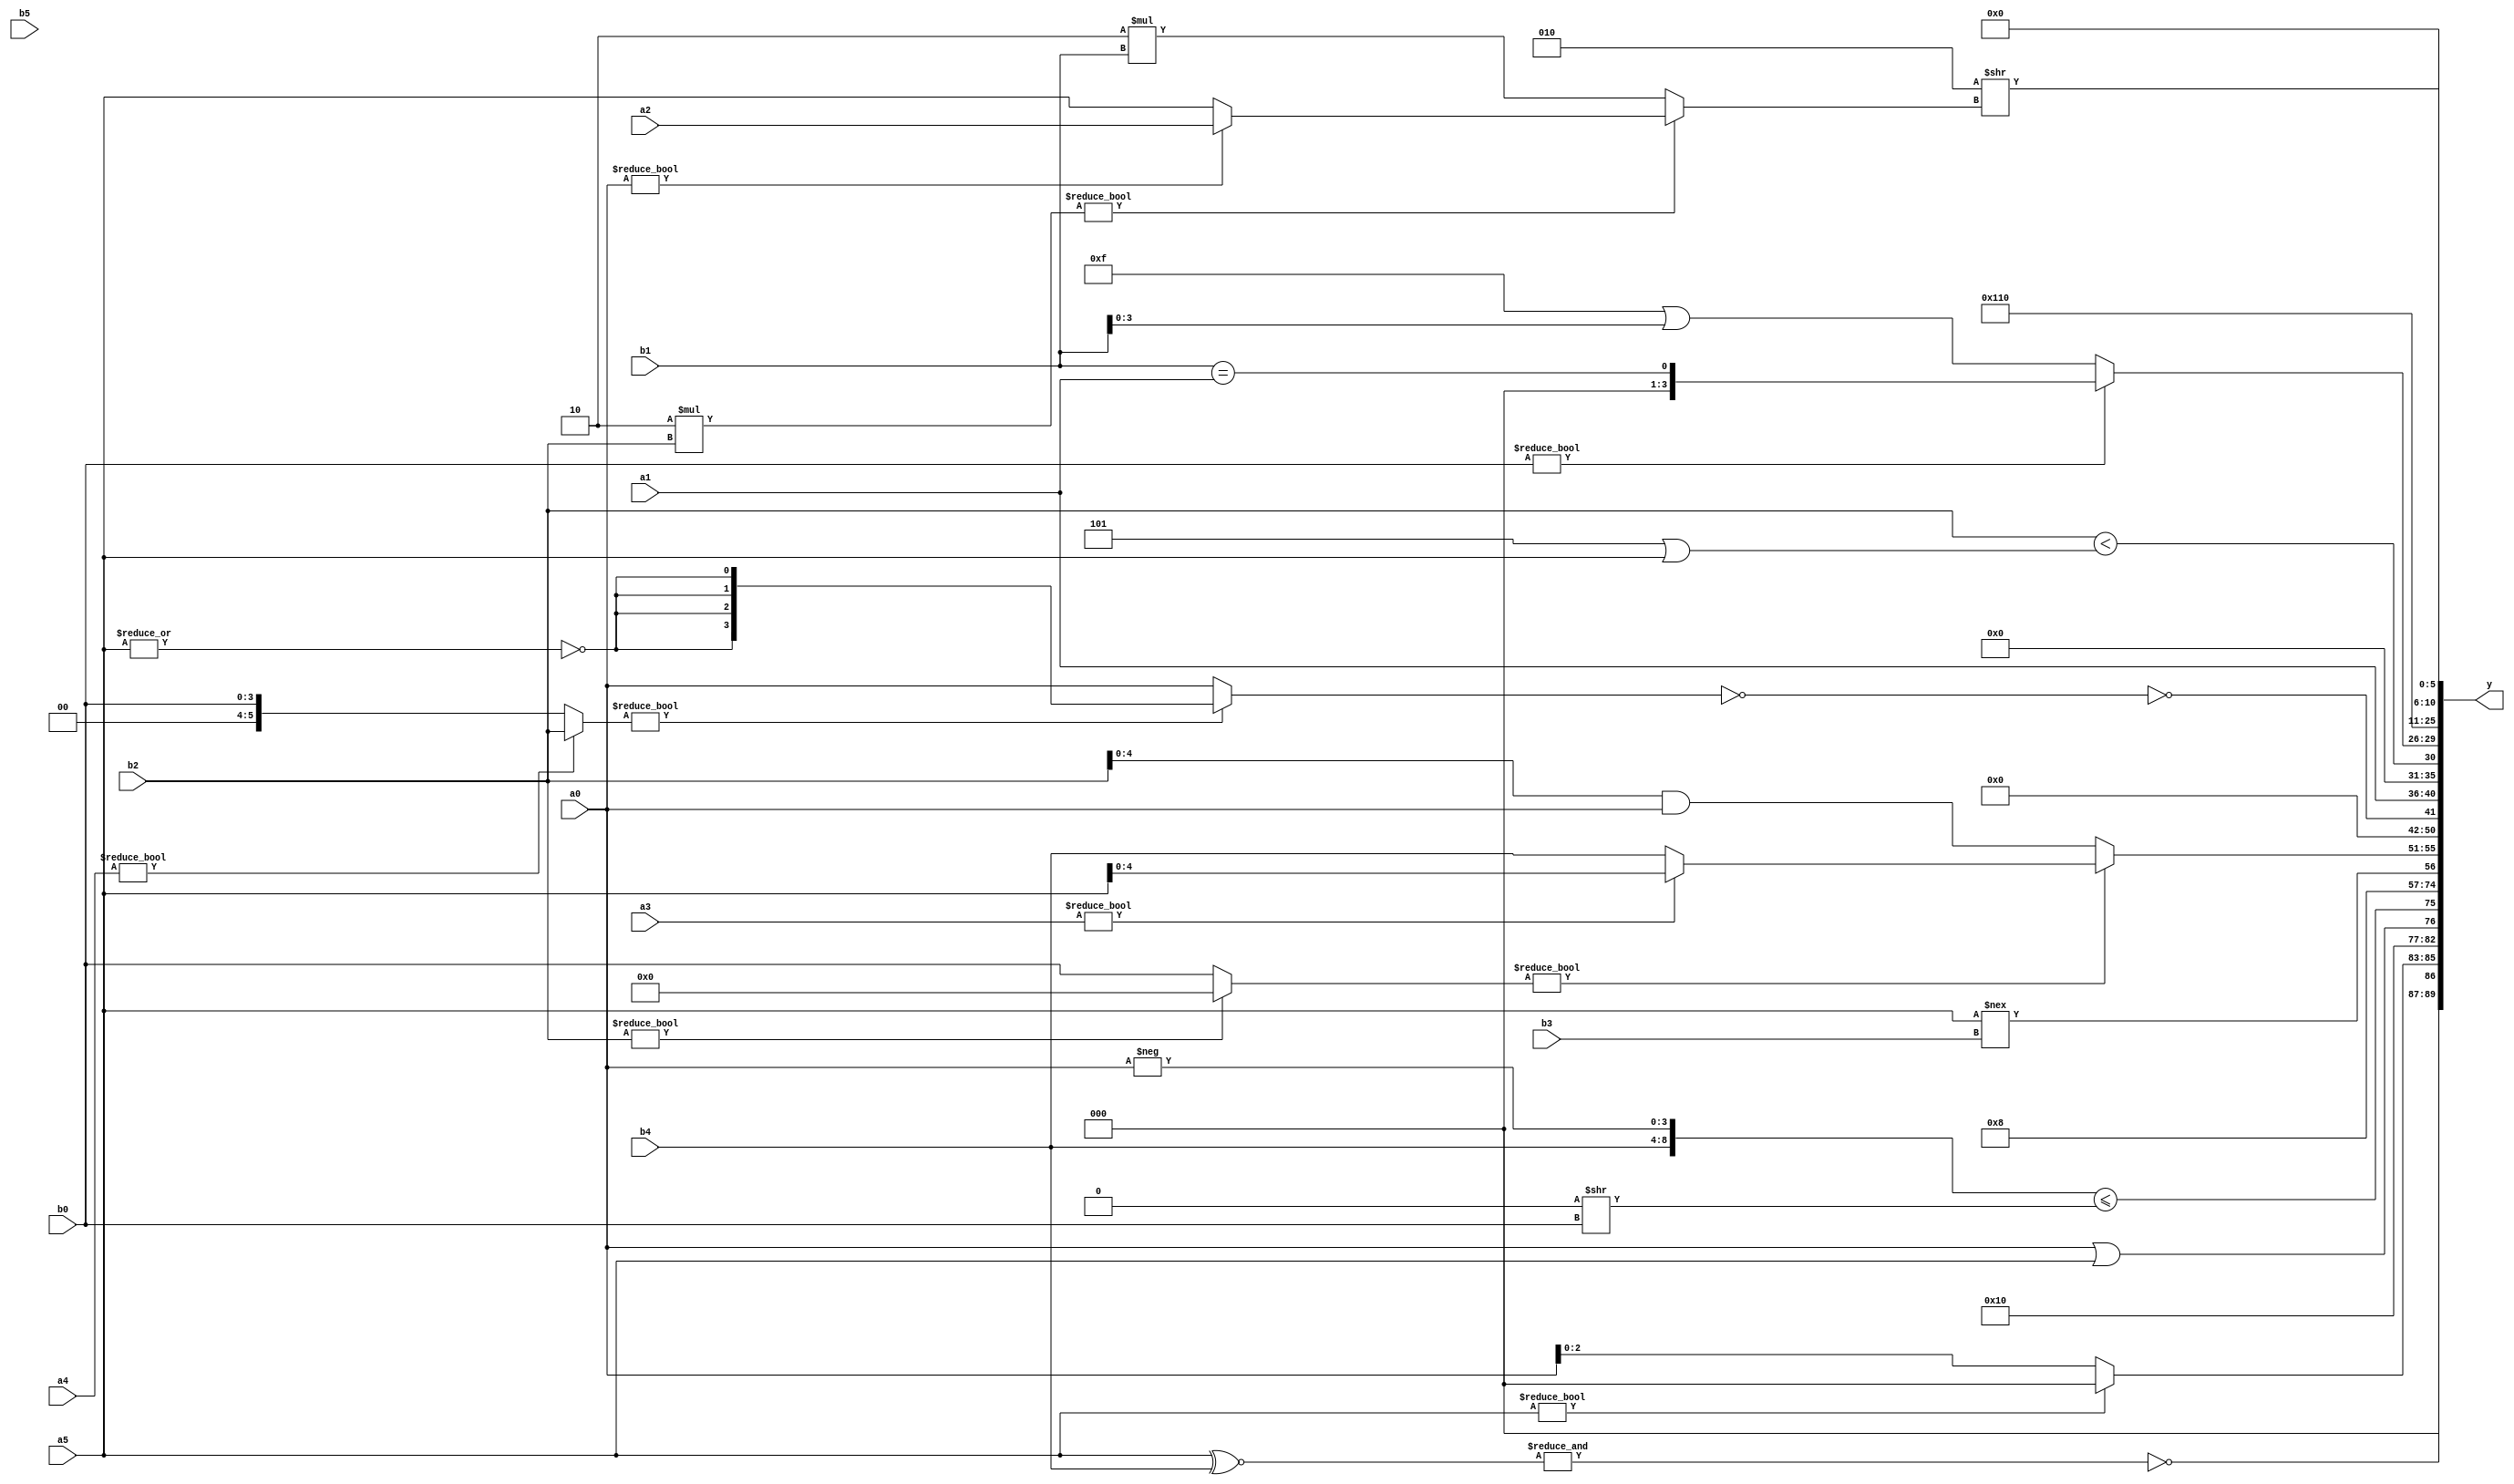
module expression_00995(a0, a1, a2, a3, a4, a5, b0, b1, b2, b3, b4, b5, y);
  input [3:0] a0;
  input [4:0] a1;
  input [5:0] a2;
  input signed [3:0] a3;
  input signed [4:0] a4;
  input signed [5:0] a5;

  input [3:0] b0;
  input [4:0] b1;
  input [5:0] b2;
  input signed [3:0] b3;
  input signed [4:0] b4;
  input signed [5:0] b5;

  wire [3:0] y0;
  wire [4:0] y1;
  wire [5:0] y2;
  wire signed [3:0] y3;
  wire signed [4:0] y4;
  wire signed [5:0] y5;
  wire [3:0] y6;
  wire [4:0] y7;
  wire [5:0] y8;
  wire signed [3:0] y9;
  wire signed [4:0] y10;
  wire signed [5:0] y11;
  wire [3:0] y12;
  wire [4:0] y13;
  wire [5:0] y14;
  wire signed [3:0] y15;
  wire signed [4:0] y16;
  wire signed [5:0] y17;

  output [89:0] y;
  assign y = {y0,y1,y2,y3,y4,y5,y6,y7,y8,y9,y10,y11,y12,y13,y14,y15,y16,y17};

  localparam [3:0] p0 = (~&(-((~^(5'd16))|(((3'd4)?(-5'sd0):(2'sd1))>>((-2'sd1)&&(4'd5))))));
  localparam [4:0] p1 = (((-2'sd0)?(5'd28):(-3'sd0))?((2'd3)?(3'sd2):(5'd19)):((4'sd1)?(3'd5):(3'd5)));
  localparam [5:0] p2 = (4'sd6);
  localparam signed [3:0] p3 = (5'd23);
  localparam signed [4:0] p4 = (~&(~^(2'sd0)));
  localparam signed [5:0] p5 = {4{(|(-2'sd1))}};
  localparam [3:0] p6 = (((2'd0)?(-((5'sd12)|(-5'sd14))):((2'd3)?(-2'sd1):(3'd6)))>>(5'sd10));
  localparam [4:0] p7 = ({2{(~&(-2'sd0))}}^{3{(3'sd1)}});
  localparam [5:0] p8 = ({((4'd9)-(4'sd0)),{(^(2'sd0))}}-(&{((5'd21)-(4'd15)),((-5'sd15)&(4'd9))}));
  localparam signed [3:0] p9 = (2'sd0);
  localparam signed [4:0] p10 = (~&{(~&(~|(-4'sd2))),{(5'd17),(2'd0),(2'sd0)},(|(&(2'sd1)))});
  localparam signed [5:0] p11 = ((!(~|{(2'sd1),(4'd9),(-4'sd4)}))>={((2'sd1)<=(-2'sd0)),{(5'd8),(-4'sd3),(2'sd1)}});
  localparam [3:0] p12 = {2{{((-4'sd2)&&(-5'sd15)),{3{(4'sd3)}},{1{(-5'sd6)}}}}};
  localparam [4:0] p13 = {(-(~(+(~^(^((-5'sd12)!==(3'd6)))))))};
  localparam [5:0] p14 = (~&(!(((5'sd12)?(-5'sd0):(5'd22))&(~|((5'd11)?(5'sd15):(2'd0))))));
  localparam signed [3:0] p15 = ((-3'sd3)?(~^(4'd4)):(3'd2));
  localparam signed [4:0] p16 = {3{(3'd7)}};
  localparam signed [5:0] p17 = ((5'd13)||(5'd16));

  assign y0 = (~&(a5^~b4));
  assign y1 = {{1{(a2==a4)}},(a5?p6:a0),(2'd1)};
  assign y2 = {($signed((&p1))?(p13^~a3):$signed((a0||a5))),({$unsigned(b4),(-a0)}<=$unsigned((p6>>b0)))};
  assign y3 = (((a0?p7:p11)>>>(p3%a5))?(p16?p4:p6):(p15?p1:p6));
  assign y4 = {(b2<=p3),{p12,p12},{b0,p16,p4}};
  assign y5 = (&(~&$unsigned((!(3'd6)))));
  assign y6 = ({3{p10}}?(a5!==b3):(a5?b5:p15));
  assign y7 = ((b2?p9:b0)?(a3?a5:b4):(b2&a0));
  assign y8 = {3{(((p5?p14:a2)))}};
  assign y9 = (~^(!((a4?b2:b0)?$signed((!(|a5))):(+$signed((a0))))));
  assign y10 = {p8,p12,a1};
  assign y11 = (&({{p13},(-b3)}?({b2}<(p1|a5)):(&{p12,a3,p6})));
  assign y12 = ({(b0)}?(b1==a1):(p5|b1));
  assign y13 = $signed((4'd2 * (^(4'd9))));
  assign y14 = (+{4{{3{p0}}}});
  assign y15 = ({({p16}<(5'd29))});
  assign y16 = ((3'sd2)>>((6'd2 * b2)?(a0?a2:a5):(6'd2 * b1)));
  assign y17 = {(~|{(&(~&(&a5))),(|(-{p2}))})};
endmodule